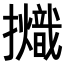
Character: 𢹊